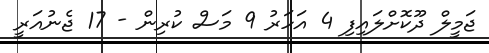
ޖަމީލް ދޫކޮށްލައިފި 4 އަހަރު 9 މަސް ކުރިން - 17 ޖެނުއަރީ